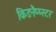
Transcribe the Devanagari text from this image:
किडनैप्प्स्टर